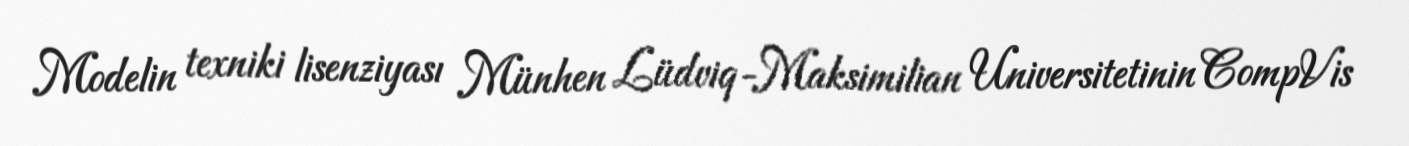
Modelin texniki lisenziyası Münhen Lüdviq-Maksimilian Universitetinin CompVis